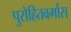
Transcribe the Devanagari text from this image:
पुरोहितवर्गास